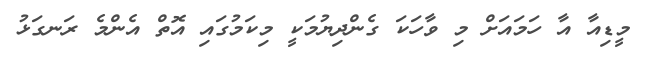
މީޑިއާ އާ ހަމައަށް މި ވާހަކަ ގެންދިޔުމަކީ މިކަމުގައި އޮތް އެންމެ ރަނގަޅު